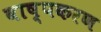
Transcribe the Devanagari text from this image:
वाष्पकरण